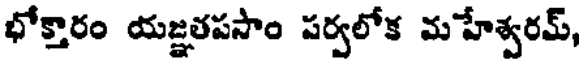
భోక్తారం యజ్ఞతపసాం పర్వలోక మహేశ్వరమ్,